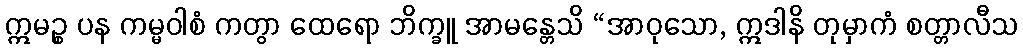
ဣမဉ္စ ပန ကမ္မဝါစံ ကတွာ ထေရော ဘိက္ခူ အာမန္တေသိ “အာဝုသော, ဣဒါနိ တုမှာကံ စတ္တာလီသ